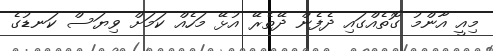
މިއީ އާންމު ގޮތެއްގައި ދެފެން ދޭތެރޭ އުޅޭ މަހެއް ކަމަށް ވިޔަސް ކަނޑުގެ